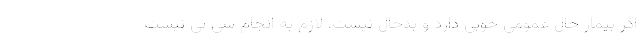
اگر بیمار حال عمومی خوبی دارد و بدحال نیست، لازم به انجام سی تی نیست